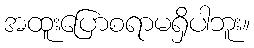
အထူးပြောစရာမရှိပါဘူး။